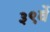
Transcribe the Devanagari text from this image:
३९वें